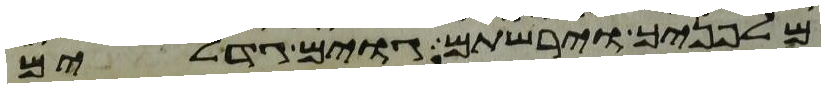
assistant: מלפניך וירשתם גוים גדלים